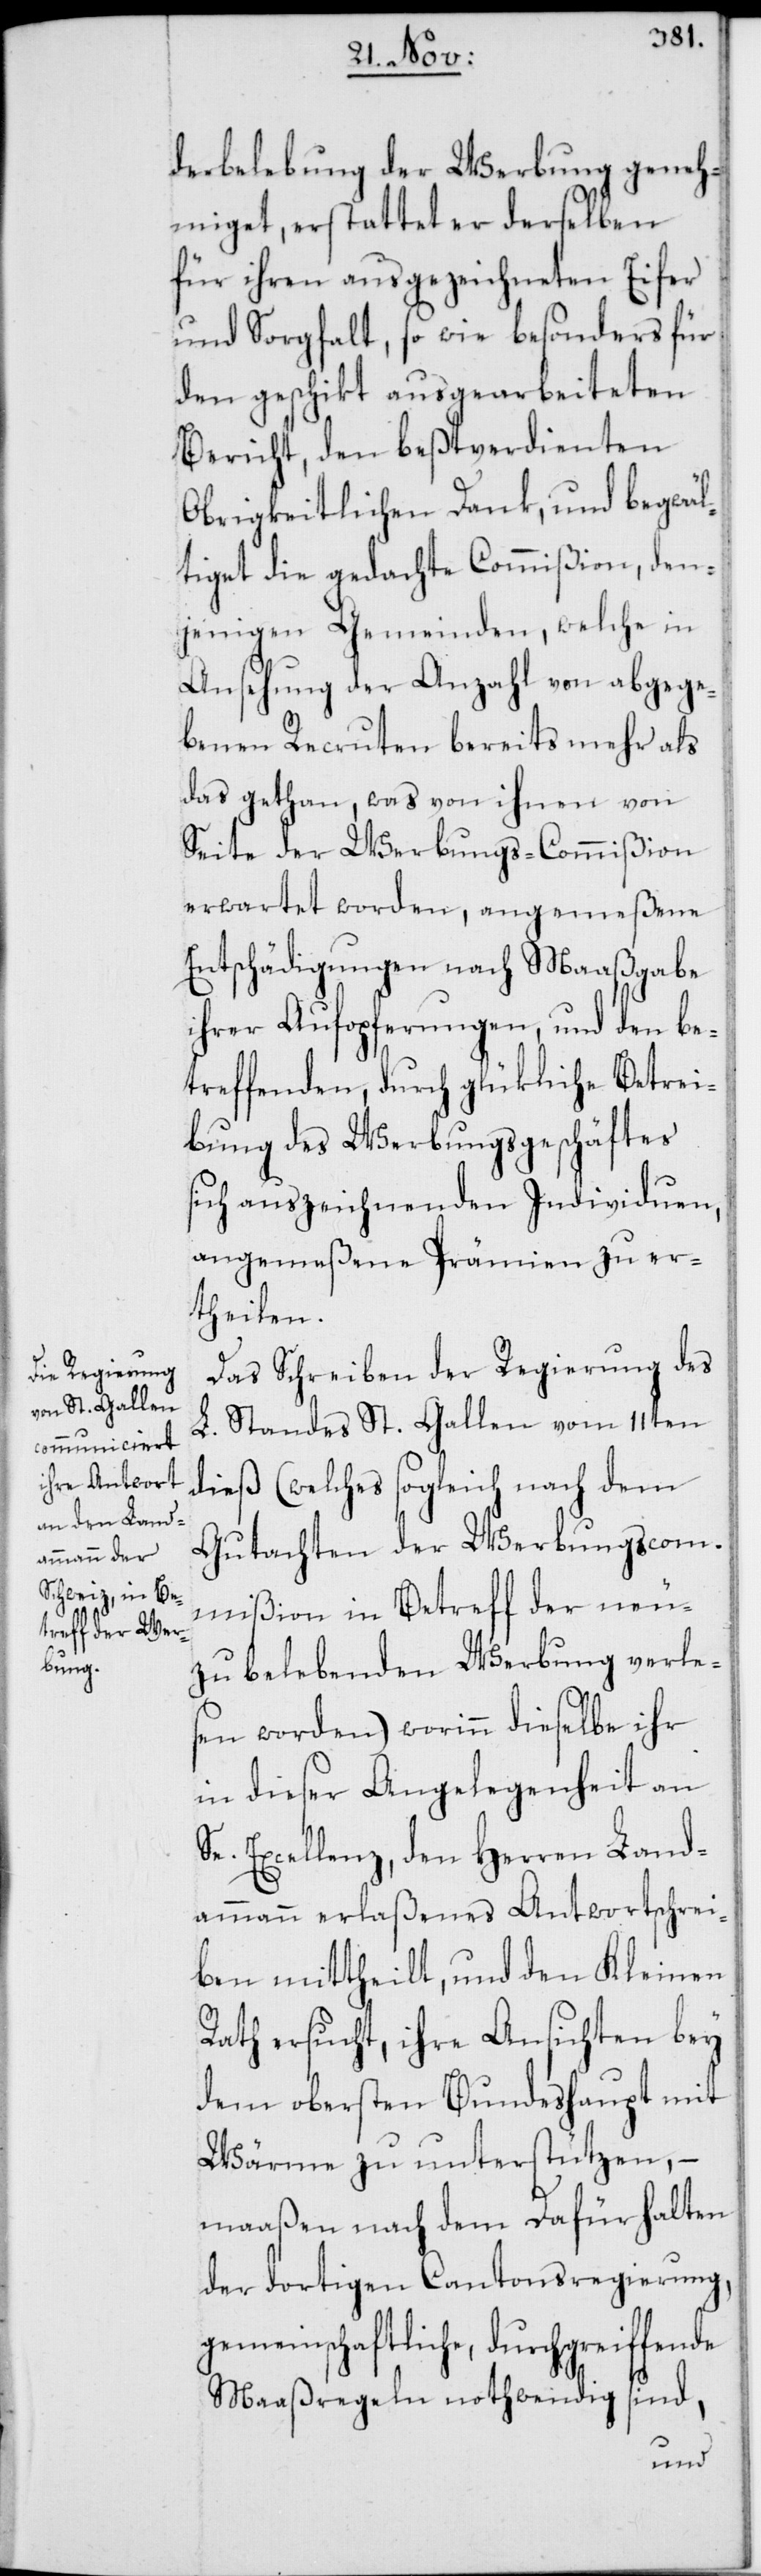
derbelebung der Werbung geneh¬
miget, erstattet er derselben
für ihren ausgezeichneten Eifer
und Sorgfalt, so wie besonders für
den geschikt ausgearbeiteten
Bericht, den beßtverdienten
Obrigkeitlichen Dank, und begwäl¬
tiget die gedachte Commißion, den¬
jenigen Gemeinden, welche in
Ansehung der Anzahl von abgege¬
benen Recruten bereits mehr als
das gethan, was von ihnen von
Seite der Werbungs-Commißion
erwartet worden, angemeßene
Entschädigungen nach Maaßgabe
ihrer Aufopferungen, und den be¬
treffenden, durch glükliche Betrei¬
bung des Werbungsgeschäftes
sich auszeichnenden Individuen,
angemeßene Prämien zu er¬
theilen.
Das Schreiben der Regierung des
L. Standes St. Gallen vom 11ten
dieß (welches sogleich nach dem
Gutachten der Werbungscom¬
mißion in Betreff der neuzu
belebenden Werbung verle¬
sen worden) worinn dieselbe ihr
in dieser Angelegenheit an
Se. Excellenz, den Herren Land¬
ammann erlaßenes Antwortschrei¬
ben mittheilt, und den Kleinen
Rath ersucht, ihre Ansichten bey
dem obersten Bundeshaupt mit
Wärme zu unterstützen, –
maaßen nach dem Dafürhalten
der dortigen Cantonsregierung,
gemeinschaftliche, durchgreiffende
Maaßregeln nothwendig sind,